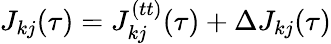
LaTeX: J_{kj}(\tau)=J_{kj}^{(tt)}(\tau)+\Delta J_{kj}(\tau)